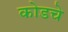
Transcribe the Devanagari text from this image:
कोडचे